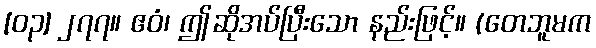
[၀၃] ၂၇၇။ ဧဝံ၊ ဤဆိုအပ်ပြီးသော နည်းဖြင့်။ (တေဘူမက